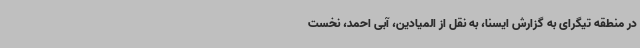
در منطقه تیگرای به گزارش ایسنا، به نقل از المیادین، آبی احمد، نخست